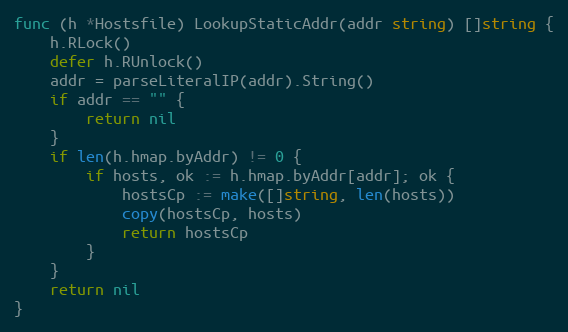
Language: Go
func (h *Hostsfile) LookupStaticAddr(addr string) []string {
	h.RLock()
	defer h.RUnlock()
	addr = parseLiteralIP(addr).String()
	if addr == "" {
		return nil
	}
	if len(h.hmap.byAddr) != 0 {
		if hosts, ok := h.hmap.byAddr[addr]; ok {
			hostsCp := make([]string, len(hosts))
			copy(hostsCp, hosts)
			return hostsCp
		}
	}
	return nil
}